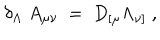
LaTeX: \delta _ { \Lambda } ~ A _ { \mu \nu } ~ = ~ D _ { [ \mu } \Lambda _ { \nu ] } ~ ,